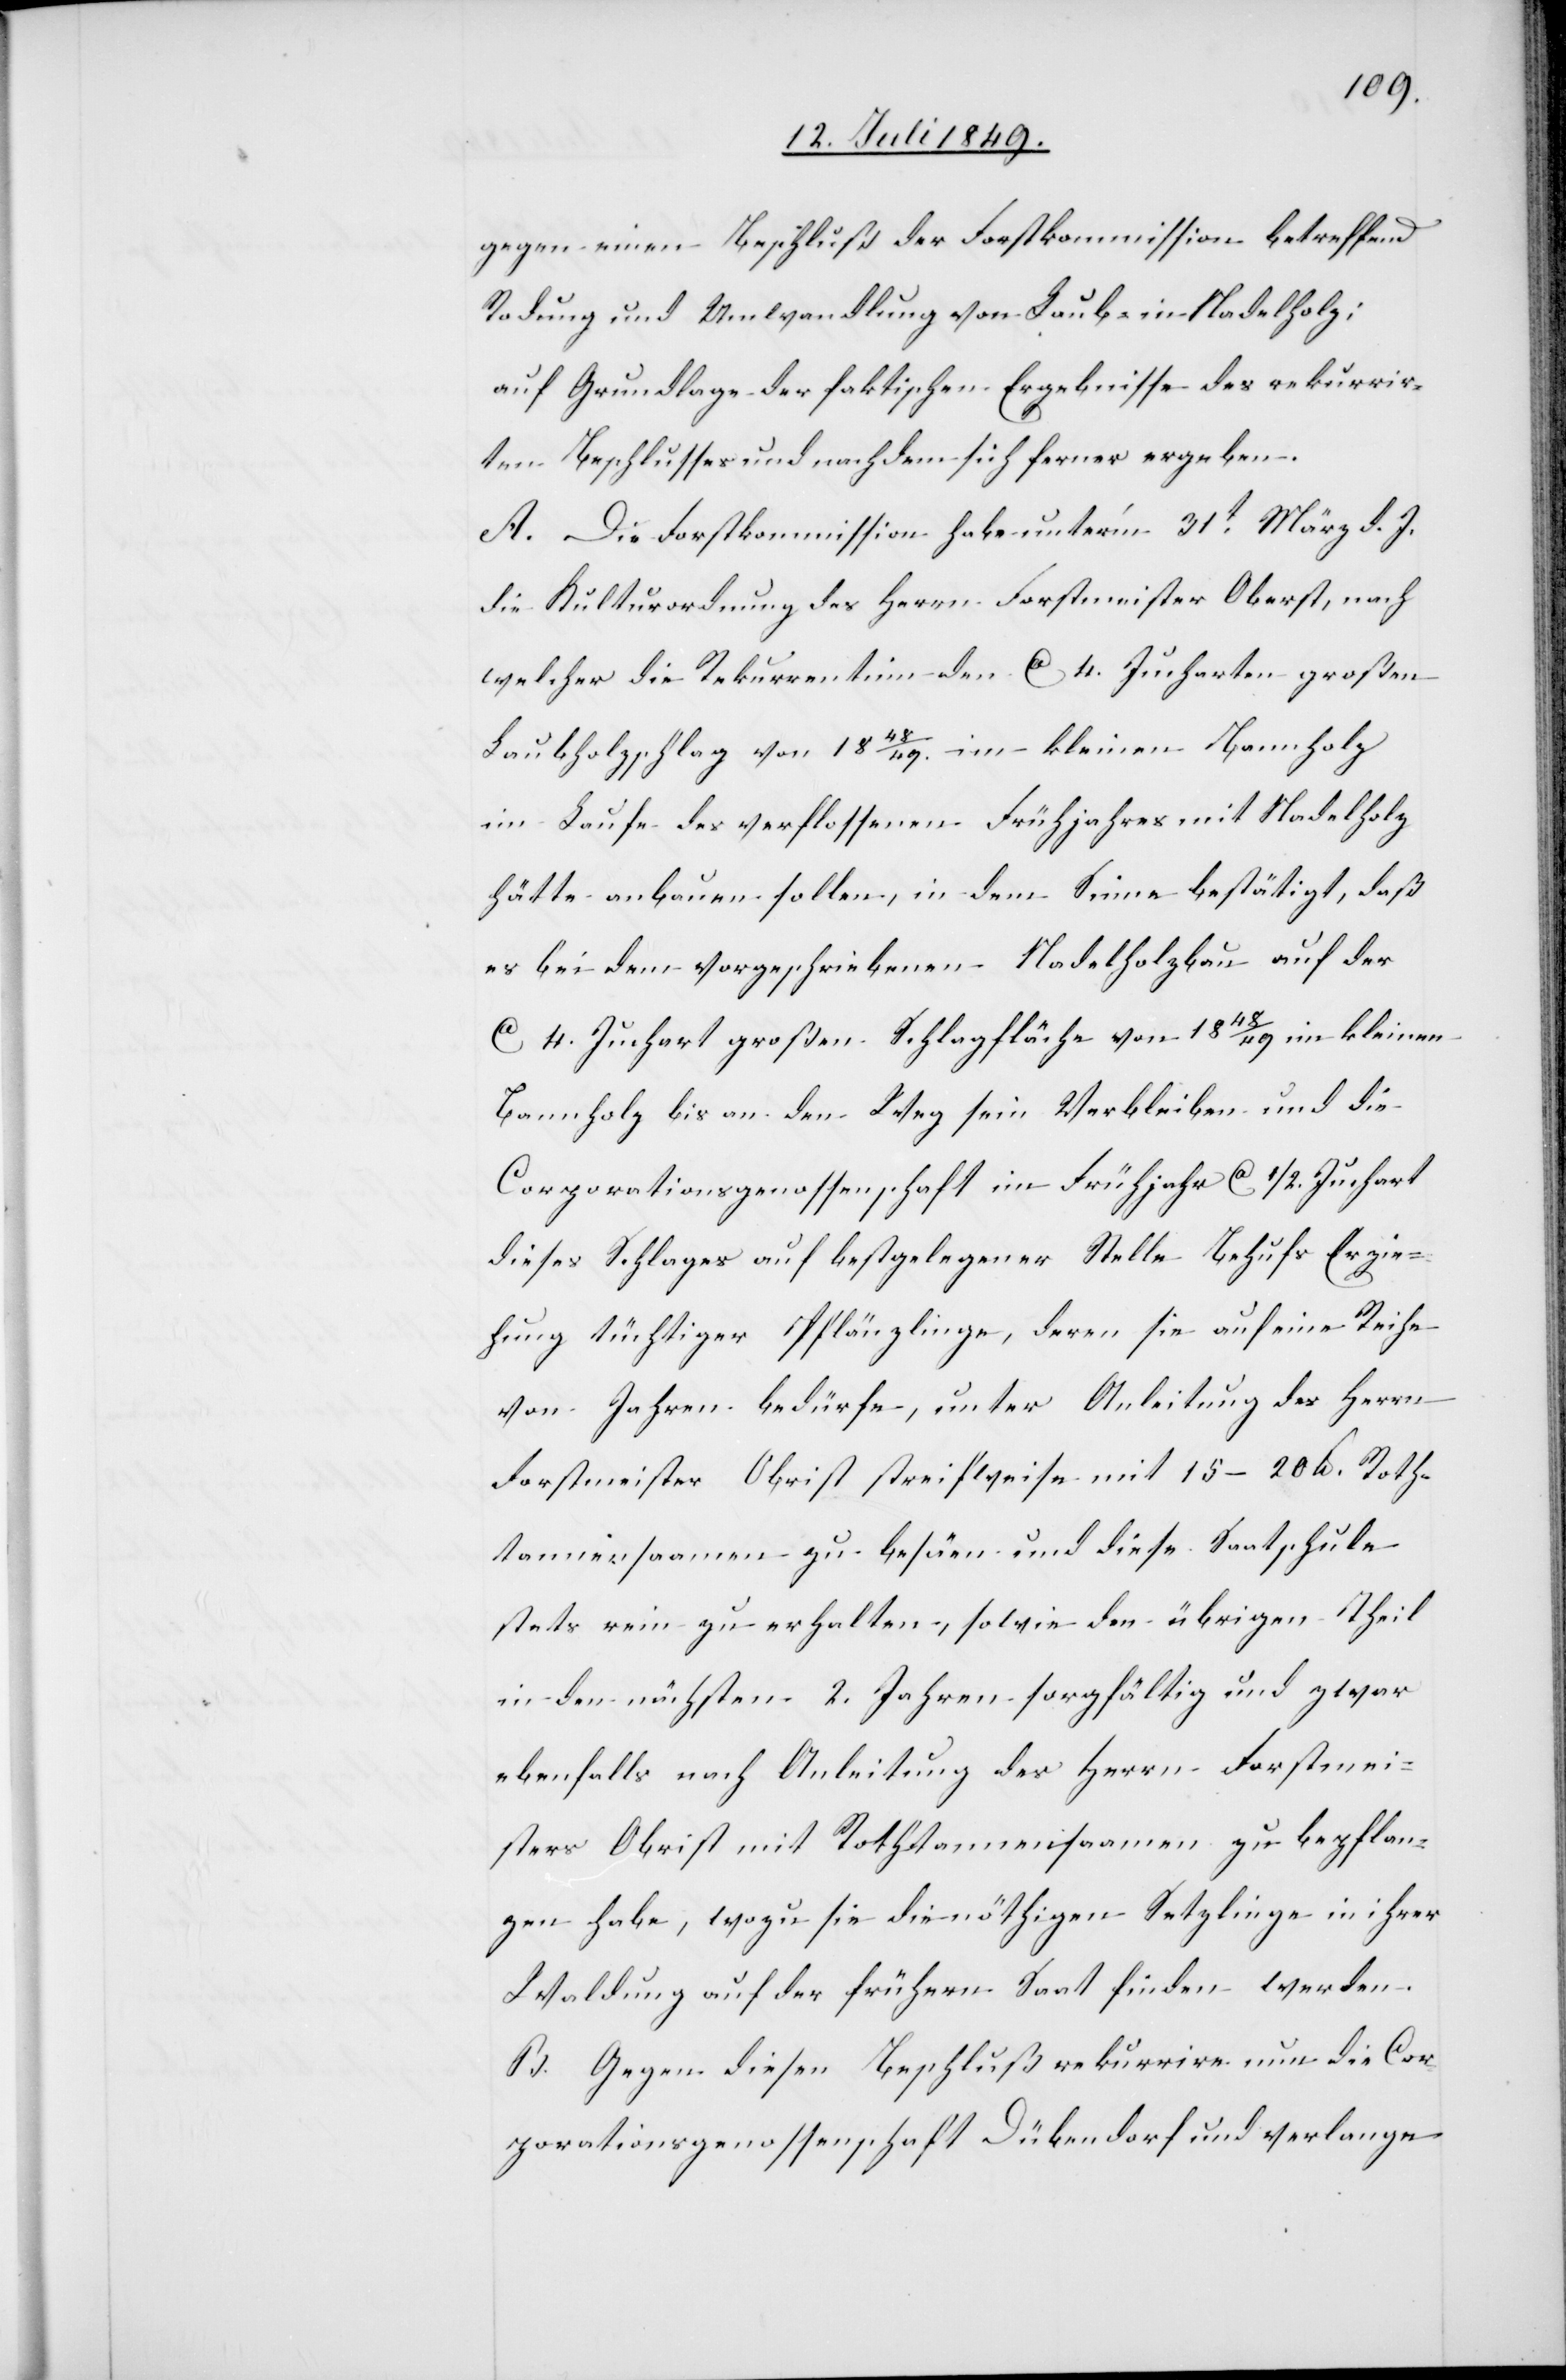
gegen einen Beschluß der Forstkommission betreffend
Rodung und Umwandlung von Laub- in Nadelholz;
auf Grundlage der faktischen Ergebnisse des rekurrir¬
ten Beschlusses und nachdem sich ferner ergeben.
A. Die Forstkommission habe unter’m 31t März d. J.
die Kulturordnung des Herrn Forstmeister Oberst, nach
welcher die Rekurrentinn den ca 4. Jucharten großen
Laubholzschlag von 18 48/49. im kleinen Bannholz
im Laufe des verflossenen Frühjahres mit Nadelholz
hätte anbauen sollen, indem Sinne bestätigt, daß
es bei dem vorgeschriebenen Nadelholzbau auf der
ca 4. Juchart großen Schlagfläche von 18 48/49 im kleinen
Bannholz bis an den Weg sein Verbleiben und die
Corporationsgenossenschaft im Frühjahr ca 1/2. Juchart
dieses Schlages auf bestgelegener Stelle behufs Erzie¬
hung tüchtiger Pflänzlinge, deren sie auf eine Reihe
von Jahren bedürfe, unter Anleitung des Herrn
Forstmeister Obrist [sic!] streitweise mit 15–20 lb Roth¬
tannensaamen zu besäen und diese Saatschule
stets rein zu erhalten, sowie den übrigen Theil
in den nächsten 2. Jahren sorgfältig und zwar
ebenfalls nach Anleitung des Herrn Forstmei¬
sters Obrist mit Rothtannensaamen zu bepflan¬
zen habe, wozu sie die nöthigen Setzlinge in ihrer
Waldung auf der frühern Saat finden werden.
B. Gegen diesen Beschluß rekurrire nun die Cor¬
porationsgenossenschaft Dübendorf und verlange